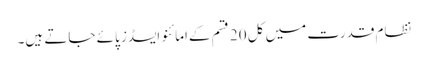
نظامِ قدرت میں کل 20 قسم کےامائنو ایسڈز پائے جاتے ہیں۔